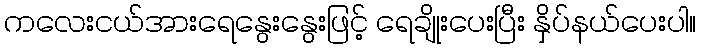
ကလေးငယ်အားရေနွေးနွေးဖြင့် ရေချိုးပေးပြီး နှိပ်နယ်ပေးပါ။